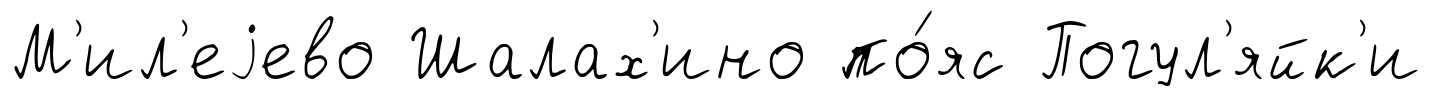
М'ил'еjево Шалах'ино по́яс Погул'яйк'и